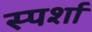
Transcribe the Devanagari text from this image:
स्पर्शा